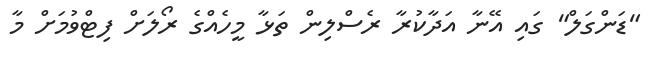
"ޑަންގަލް" ގައި އޭނާ އަދާކުރާ ރެސްލިން ތަޅާ މީހެއްގެ ރޯލަށް ފިޓްވުމަށް މާ